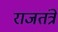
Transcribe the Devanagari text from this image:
राजतंत्रे